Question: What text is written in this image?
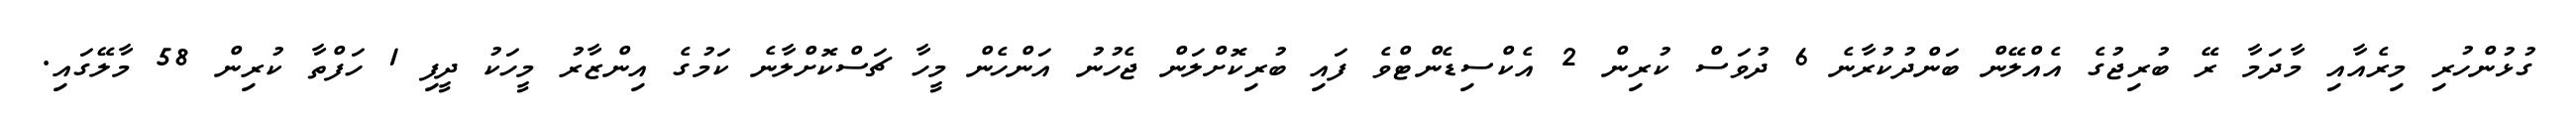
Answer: ގުޅުންހުރި މިރެއާއި މާދަމާ ރޭ ބުރިޖުގެ އެއްލޭން ބަންދުކުރާނެ 6 ދުވަސް ކުރިން 2 އެކްސިޑެންޓްވެ ފައި ބުރިކޮށްލަން ޖެހުނު އަންހެން މީހާ ޗަސްކޮށްލާނެ ކަމުގެ އިންޒާރު މީހަކު ދީފި 1 ހަފްތާ ކުރިން 58 މާލޭގައި.